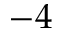
- 4